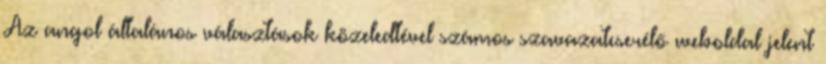
Az angol általános választások közeledtével számos szavazatcserélő weboldal jelent